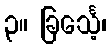
၃။ ခြင်္သေ့၊